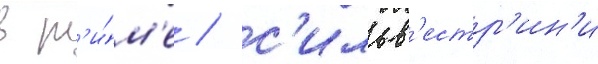
в р'и́м'е / с'ильв'естр'ин'и